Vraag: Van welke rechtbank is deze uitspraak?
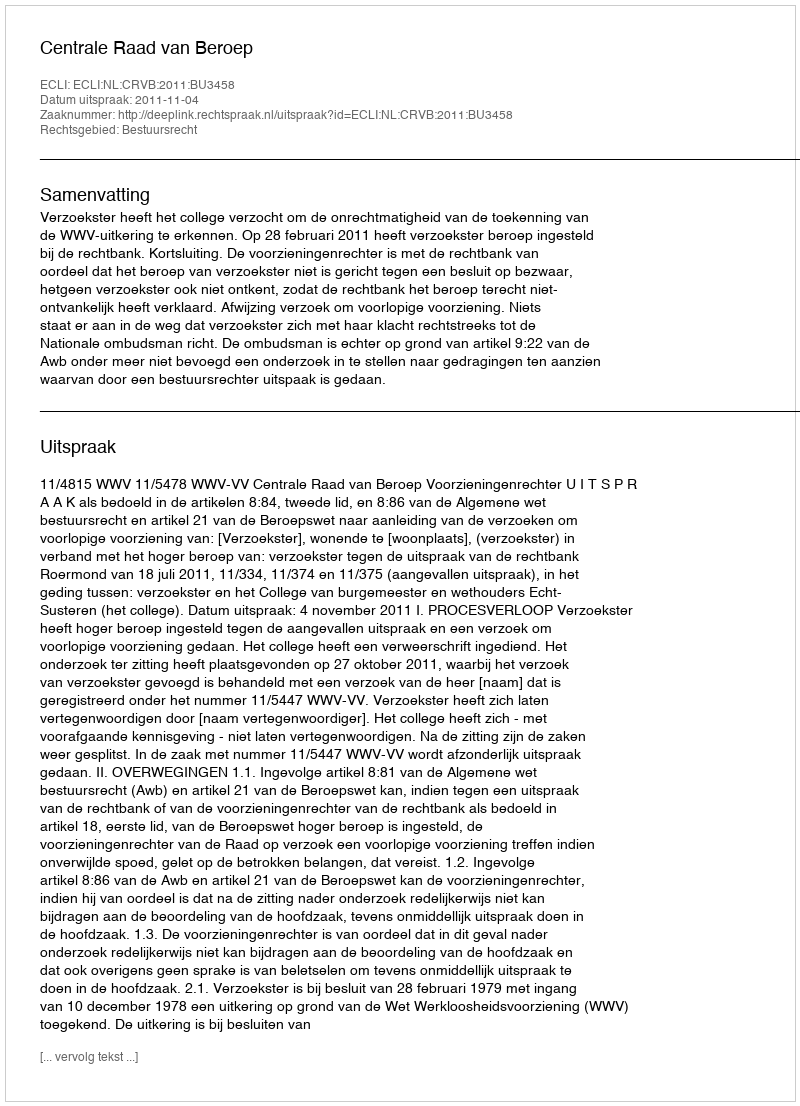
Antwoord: Centrale Raad van Beroep